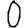
Digit: 0